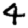
Digit: 4